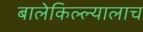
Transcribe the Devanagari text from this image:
बालेकिल्ल्यालाच